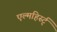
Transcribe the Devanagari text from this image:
एल्महिर्स्ट्